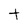
Character: t